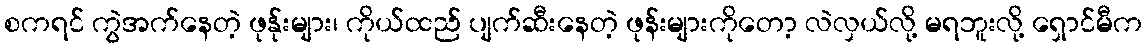
စကရင် ကွဲအက်နေတဲ့ ဖုန်ုးများ၊ ကိုယ်ထည် ပျက်ဆီးနေတဲ့ ဖုန်းများကိုတော့ လဲလှယ်လို့ မရဘူးလို့ ရှောင်မီက